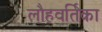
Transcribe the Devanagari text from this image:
लौहवर्तिका